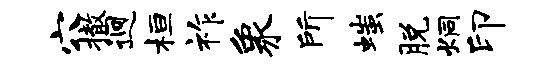
穴撤迥桓祚象所嗤脱炯印